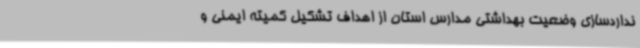
نداردسازی وضعیت بهداشتی مدارس استان از اهداف تشکیل کمیته ایمنی و